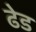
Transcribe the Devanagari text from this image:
ढेड